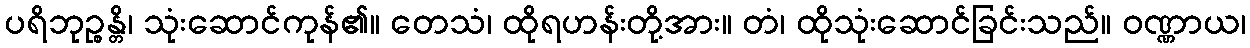
ပရိဘုဉ္စန္တိ၊ သုံးဆောင်ကုန်၏။ တေသံ၊ ထိုရဟန်းတို့အား။ တံ၊ ထိုသုံးဆောင်ခြင်းသည်။ ဝဏ္ဏာယ၊